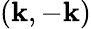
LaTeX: (\mathbf{k},-\mathbf{k})